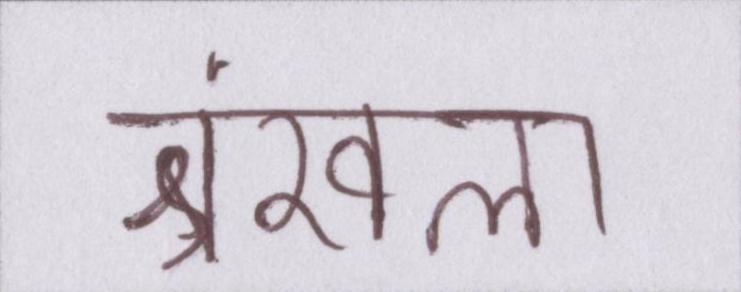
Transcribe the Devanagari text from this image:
श्रंखला